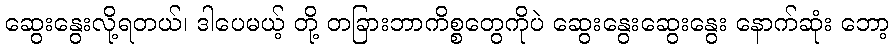
ဆွေးနွေးလို့ရတယ်၊ ဒါပေမယ့် တို့ တခြားဘာကိစ္စတွေကိုပဲ ဆွေးနွေးဆွေးနွေး နောက်ဆုံး ဘော့